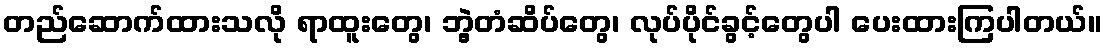
တည်ဆောက်ထားသလို ရာထူးတွေ၊ ဘွဲ့တံဆိပ်တွေ၊ လုပ်ပိုင်ခွင့်တွေပါ ပေးထားကြပါတယ်။